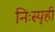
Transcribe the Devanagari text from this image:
निःस्पृही